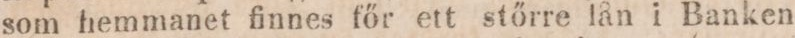
som hemmanet finnes főr ett stőrre lån i Banken